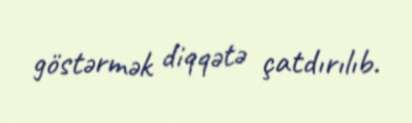
göstərmək diqqətə çatdırılıb.